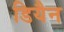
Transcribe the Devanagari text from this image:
डियैन